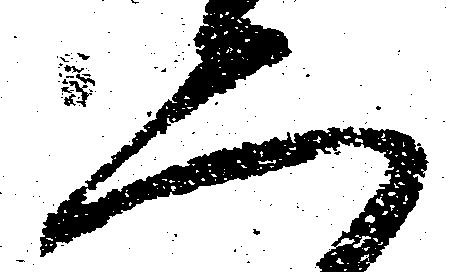
二